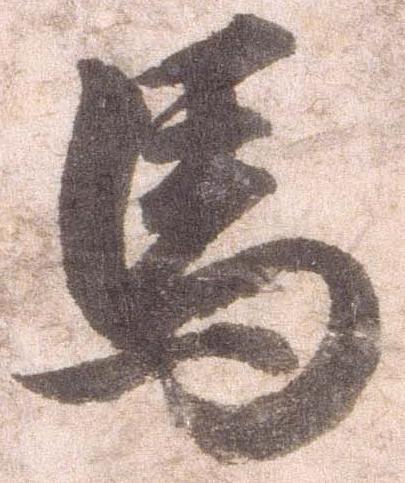
馬